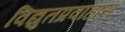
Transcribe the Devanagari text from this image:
विद्युतप्रवाहास